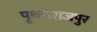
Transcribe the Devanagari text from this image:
पृथ्वीराजपुर